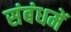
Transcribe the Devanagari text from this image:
संबंधमें